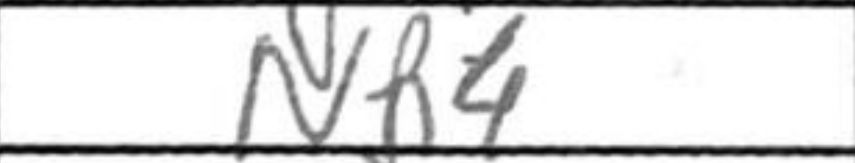
Transcription: Nh4